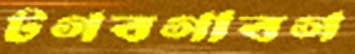
টগবগাবগ